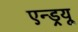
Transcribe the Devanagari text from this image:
एन्‍ड्रयू